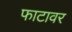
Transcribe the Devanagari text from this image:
फाटावर